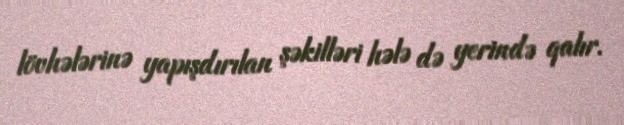
lövhələrinə yapışdırılan şəkilləri hələ də yerində qalır.